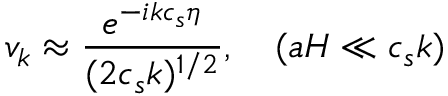
v _ { k } \approx { \frac { e ^ { - i k c _ { s } \eta } } { ( 2 c _ { s } k ) ^ { 1 / 2 } } } , \quad ( a H \ll c _ { s } k )